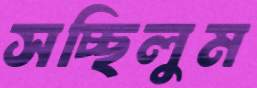
সচ্ছিলুম